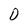
Character: 0